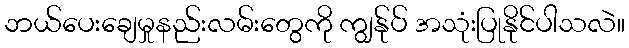
ဘယ်ပေးချေမှုနည်းလမ်းတွေကို ကျွန်ုပ် အသုံးပြုနိုင်ပါသလဲ။